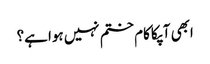
ابھی آپکا کام ختم نہیں ہوا ہے؟